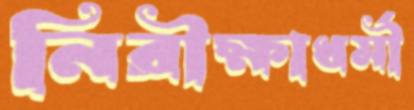
নিরীক্ষাধর্মী